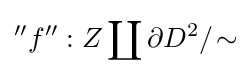
''f'':Z\coprod \partial D^{2}/\!\sim